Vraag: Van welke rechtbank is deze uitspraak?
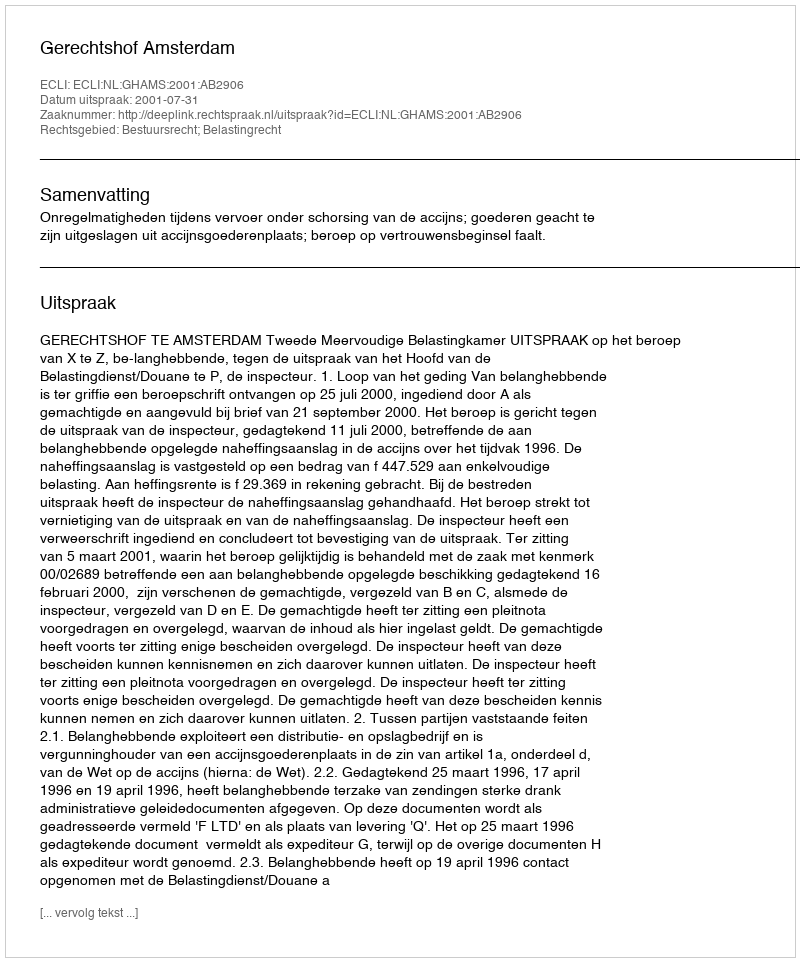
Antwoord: Gerechtshof Amsterdam